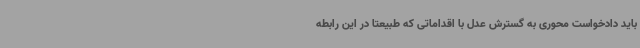
باید دادخواست محوری به گسترش عدل با اقداماتی که طبیعتا در این رابطه